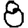
Digit: 8